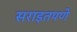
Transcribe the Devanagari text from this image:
सराइतपणे